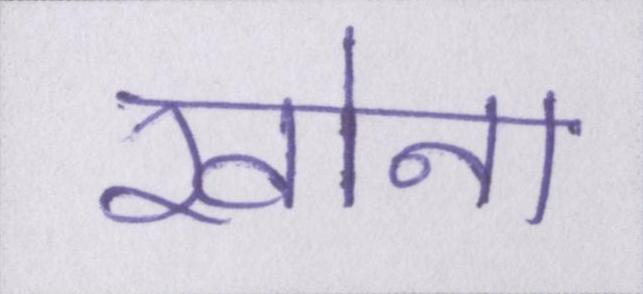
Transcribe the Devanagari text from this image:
खोना